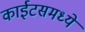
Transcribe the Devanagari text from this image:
काईटसमध्ये